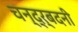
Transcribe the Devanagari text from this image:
चन्द्र्बदनी